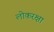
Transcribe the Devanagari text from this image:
लोकरक्षा